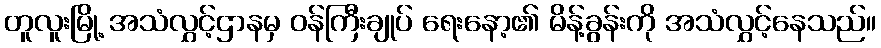
တူလူးမြို့ အသံလွှင့်ဌာနမှ ဝန်ကြီးချုပ် ရေးနော့၏ မိန့်ခွန်းကို အသံလွှင့်နေသည်။